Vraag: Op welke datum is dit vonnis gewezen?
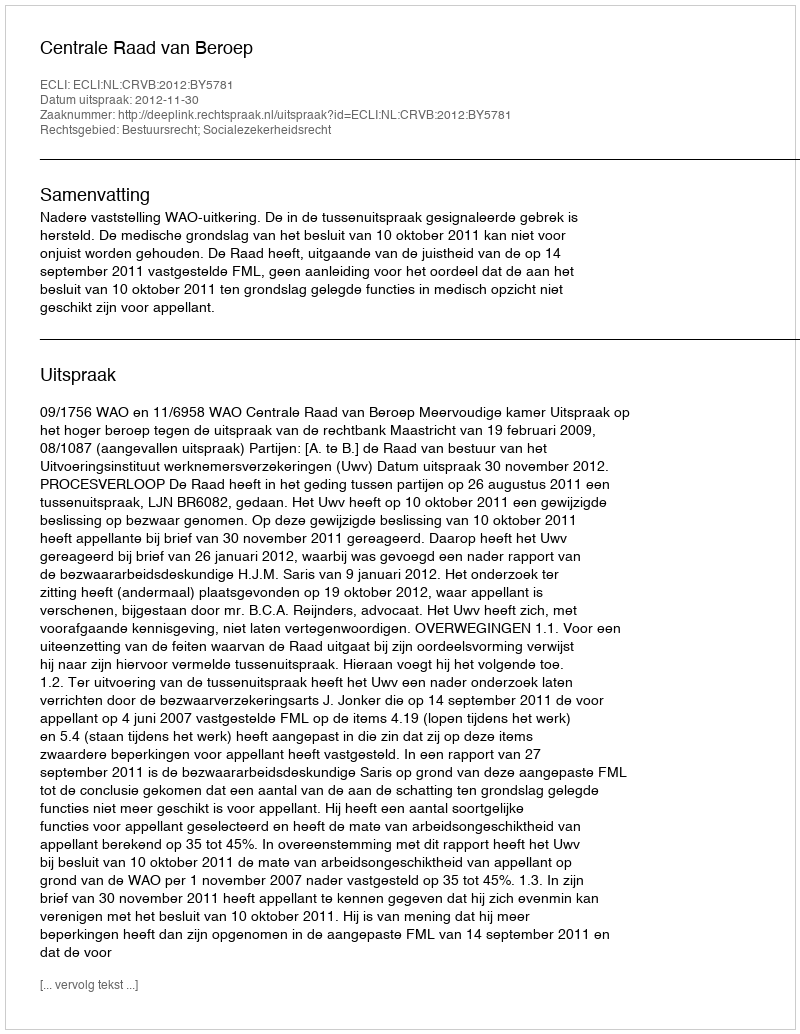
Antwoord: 2012-11-30